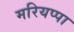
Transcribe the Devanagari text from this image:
मरियप्पा